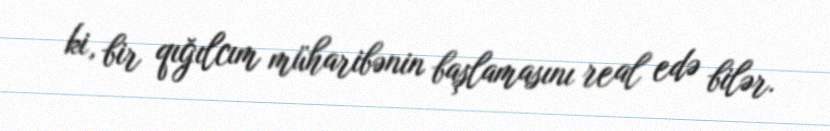
ki, bir qığılcım müharibənin başlamasını real edə bilər.